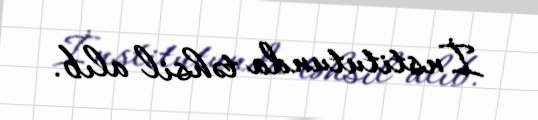
İnstitutunda təhsil alıb.